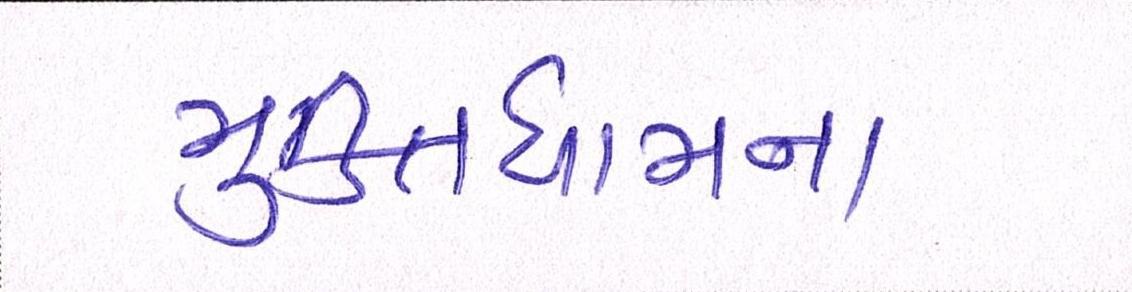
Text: મુકિતધામના